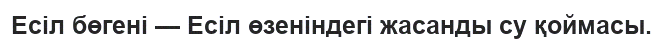
Есіл бөгені — Есіл өзеніндегі жасанды су қоймасы.